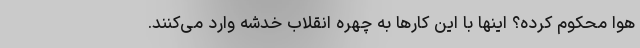
هوا محکوم کرده؟ اینها با این کارها به چهره انقلاب خدشه وارد می‌کنند.